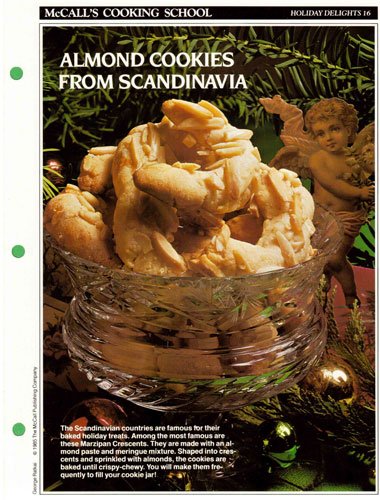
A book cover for McCall's Cooking School Recipe Card: Holiday Delights 16 - Marzipan Crescents (Replacement McCall's Recipage or Recipe Card For 3-Ring Binders); Health, Fitness & Dieting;